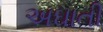
અઘાતી